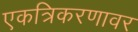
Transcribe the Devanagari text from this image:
एकत्रिकरणावर